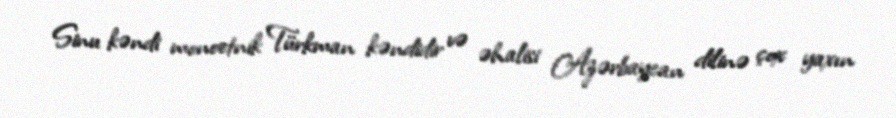
Sinu kəndi monoetnik Türkman kəndidir və əhalisi Azərbaycan dilinə çox yaxın